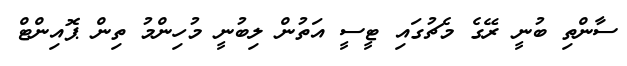
ސާންތި ބުނީ ރޭގެ މެޗުގައި ޓީސީ އަތުން ލިބުނީ މުހިންމު ތިން ޕޮއިންޓް